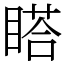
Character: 𥉌